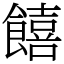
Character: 饎